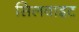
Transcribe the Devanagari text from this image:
सिलवाइट